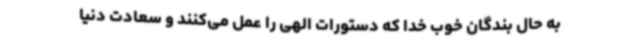
به حال بندگان خوب خدا که دستورات الهی را عمل می‌کنند و سعادت دنیا